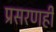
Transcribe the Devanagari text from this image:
प्रसरणही